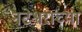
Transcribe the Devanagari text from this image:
नटेश्वराच्या